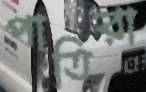
পাতিরা